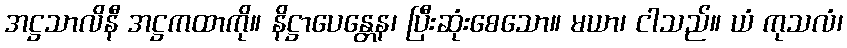
အဋ္ဌသာလိနီ အဋ္ဌကထာကို။ နိဋ္ဌာပေန္တေန၊ ပြီးဆုံးစေသော။ မယာ၊ ငါသည်။ ယံ ကုသလံ၊